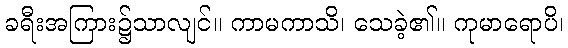
ခရီးအကြား၌သာလျင်။ ကာမကာသိ၊ သေခဲ့၏။ ကုမာရောပိ၊